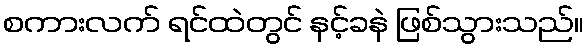
စကားလက် ရင်ထဲတွင် နင့်ခနဲ ဖြစ်သွားသည်။